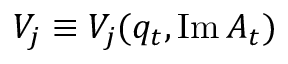
V _ { j } \equiv V _ { j } ( q _ { t } , \operatorname { I m } A _ { t } )